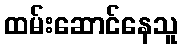
ထမ်းဆောင်နေသူ